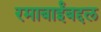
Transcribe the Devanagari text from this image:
रमाबाईंबद्दल